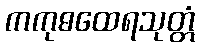
ကကုဓထေရသုတ္တံ